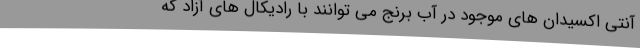
آنتی اکسیدان های موجود در آب برنج می توانند با رادیکال های آزاد که